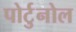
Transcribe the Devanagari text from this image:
पोर्टुनोल